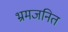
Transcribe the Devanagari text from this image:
भ्रमजनित